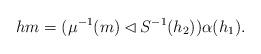
LaTeX: \begin{align*}hm=(\mu^{-1}(m)\lhd S^{-1}(h_2))\alpha(h_1).\end{align*}